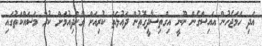
އަދި ހަމަޖެހުން އައިސްގެން ނޫނީ އިގްތިސާދީގޮތުން ދައުލަތް ކުރިއަށް ގެންދިއުމަށް ކުރާ މަސައްކަތުގައި